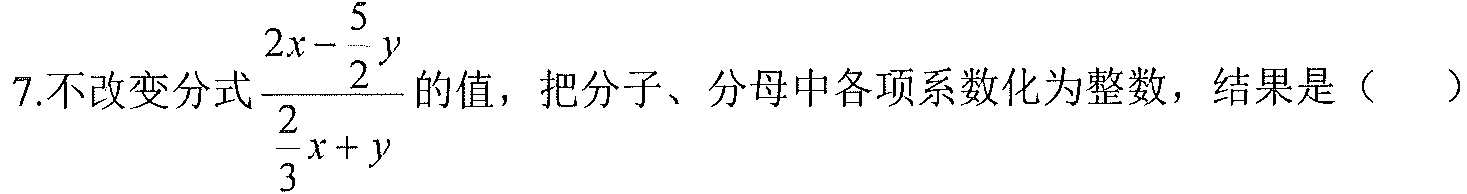
7.不改变分式$\dfrac{2x - \dfrac{5}{2}y}{\dfrac{2}{3}x + y}$的值，把分子、分母中各项系数化为整数，结果是（  ）